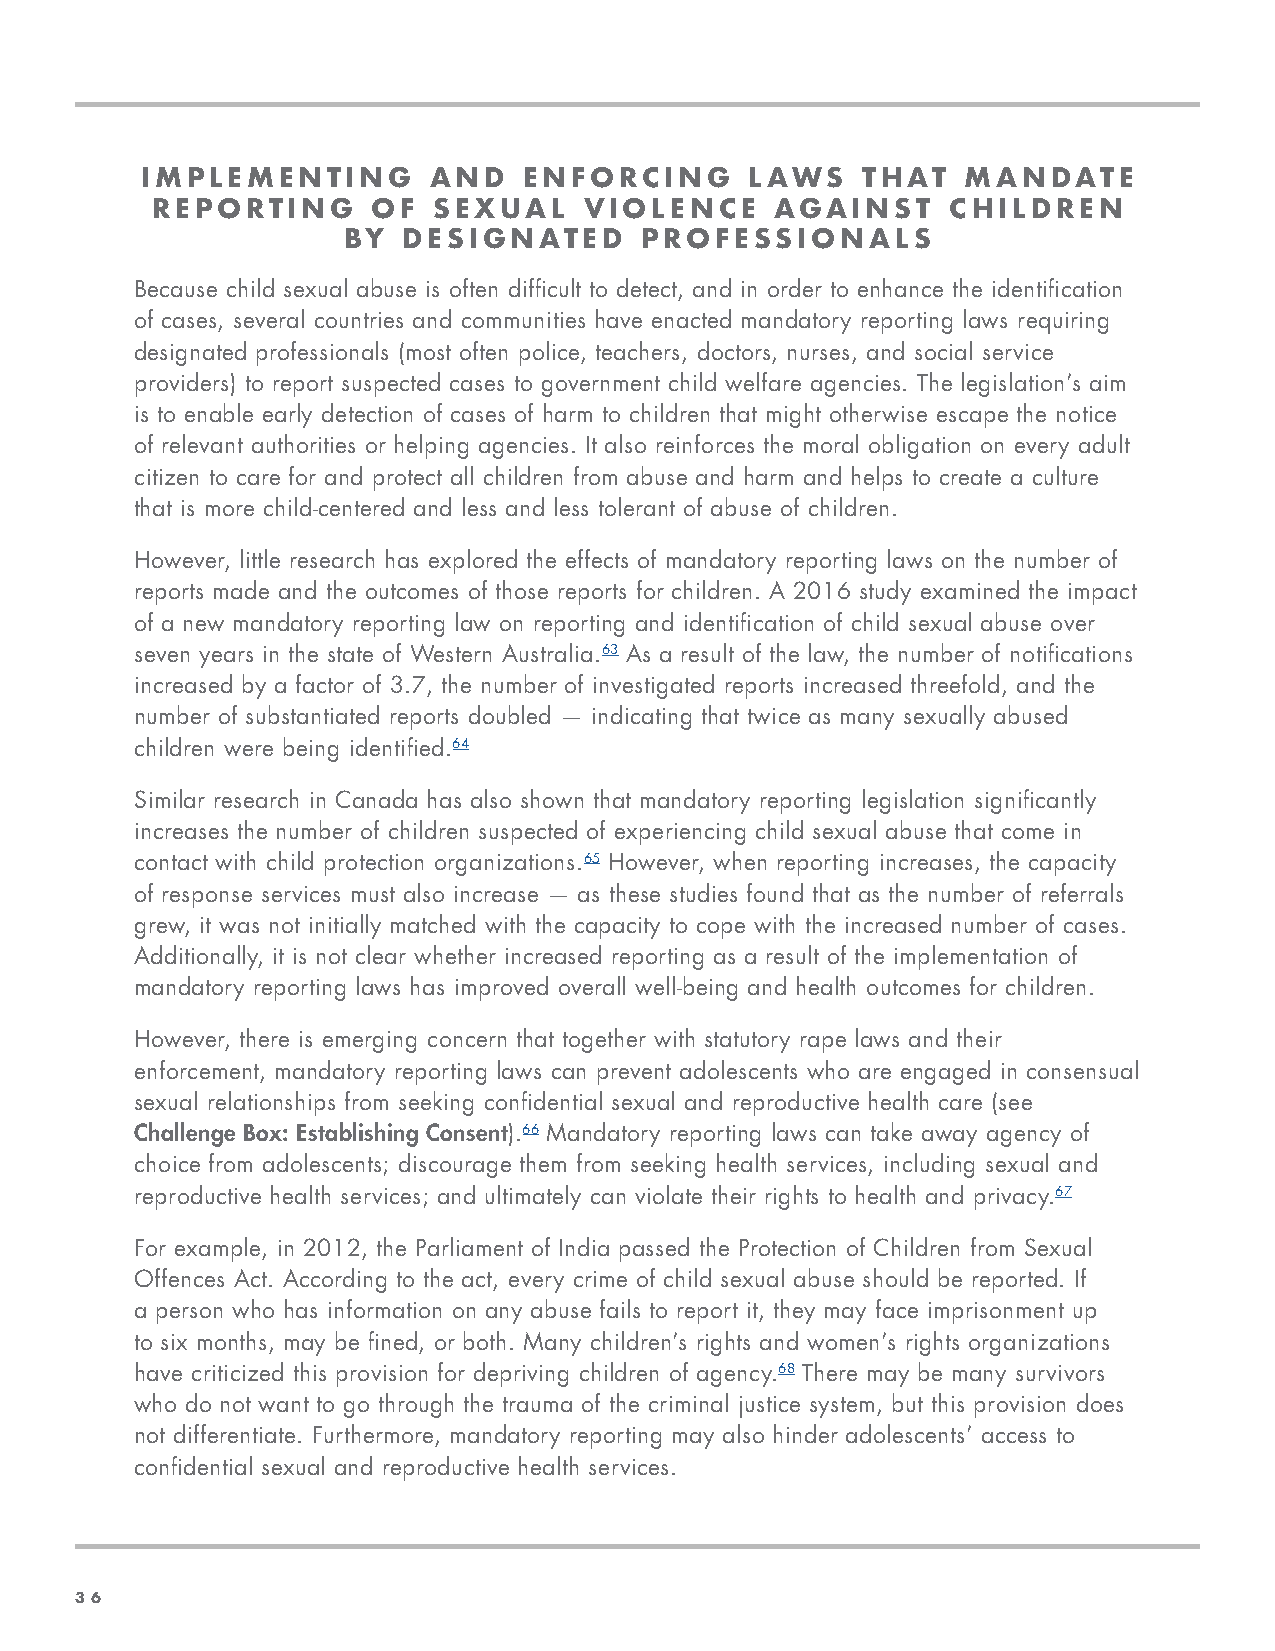
IMPLEMENTING        AND   ENFORCING      LAWS   THAT   MANDATE
 REPORTING      OF  SEXUAL    VIOLENCE    AGAINST     CHILDREN
 BY  DESIGNATED     PROFESSIONALS
 Because child sexual abuse is often difficult to detect, and in order to enhance the identification
 of cases, several countries and communities have enacted mandatory reporting laws requiring
 designated professionals (most often police, teachers, doctors, nurses, and social service
 providers) to report suspected cases to government child welfare agencies. The legislation’s aim
 is to enable early detection of cases of harm to children that might otherwise escape the notice
 of relevant authorities or helping agencies. It also reinforces the moral obligation on every adult
 citizen to care for and protect all children from abuse and harm and helps to create a culture
 that is more child-centered and less and less tolerant of abuse of children.
 However, little research has explored the effects of mandatory reporting laws on the number of
 reports made and the outcomes of those reports for children. A 2016 study examined the impact
 of a new mandatory reporting law on reporting and identification of child sexual abuse over
 seven years in the state of Western Australia.63 As a result of the law, the number of notifications
 increased by a factor of 3.7, the number of investigated reports increased threefold, and the
 number of substantiated reports doubled — indicating that twice as many sexually abused
 children were being identified.64
 Similar research in Canada has also shown that mandatory reporting legislation significantly
 increases the number of children suspected of experiencing child sexual abuse that come in
 contact with child protection organizations.65 However, when reporting increases, the capacity
 of response services must also increase — as these studies found that as the number of referrals
 grew, it was not initially matched with the capacity to cope with the increased number of cases.
 Additionally, it is not clear whether increased reporting as a result of the implementation of
 mandatory reporting laws has improved overall well-being and health outcomes for children.
 However, there is emerging concern that together with statutory rape laws and their
 enforcement, mandatory reporting laws can prevent adolescents who are engaged in consensual
 sexual relationships from seeking confidential sexual and reproductive health care (see
 Challenge Box: Establishing Consent).66 Mandatory reporting laws can take away agency of
 choice from adolescents; discourage them from seeking health services, including sexual and
 reproductive health services; and ultimately can violate their rights to health and privacy.67
 For example, in 2012, the Parliament of India passed the Protection of Children from Sexual
 Offences Act. According to the act, every crime of child sexual abuse should be reported. If
 a person who has information on any abuse fails to report it, they may face imprisonment up
 to six months, may be fined, or both. Many children’s rights and women’s rights organizations
 have criticized this provision for depriving children of agency.68 There may be many survivors
 who do not want to go through the trauma of the criminal justice system, but this provision does
 not differentiate. Furthermore, mandatory reporting may also hinder adolescents’ access to
 confidential sexual and reproductive health services.
 3366